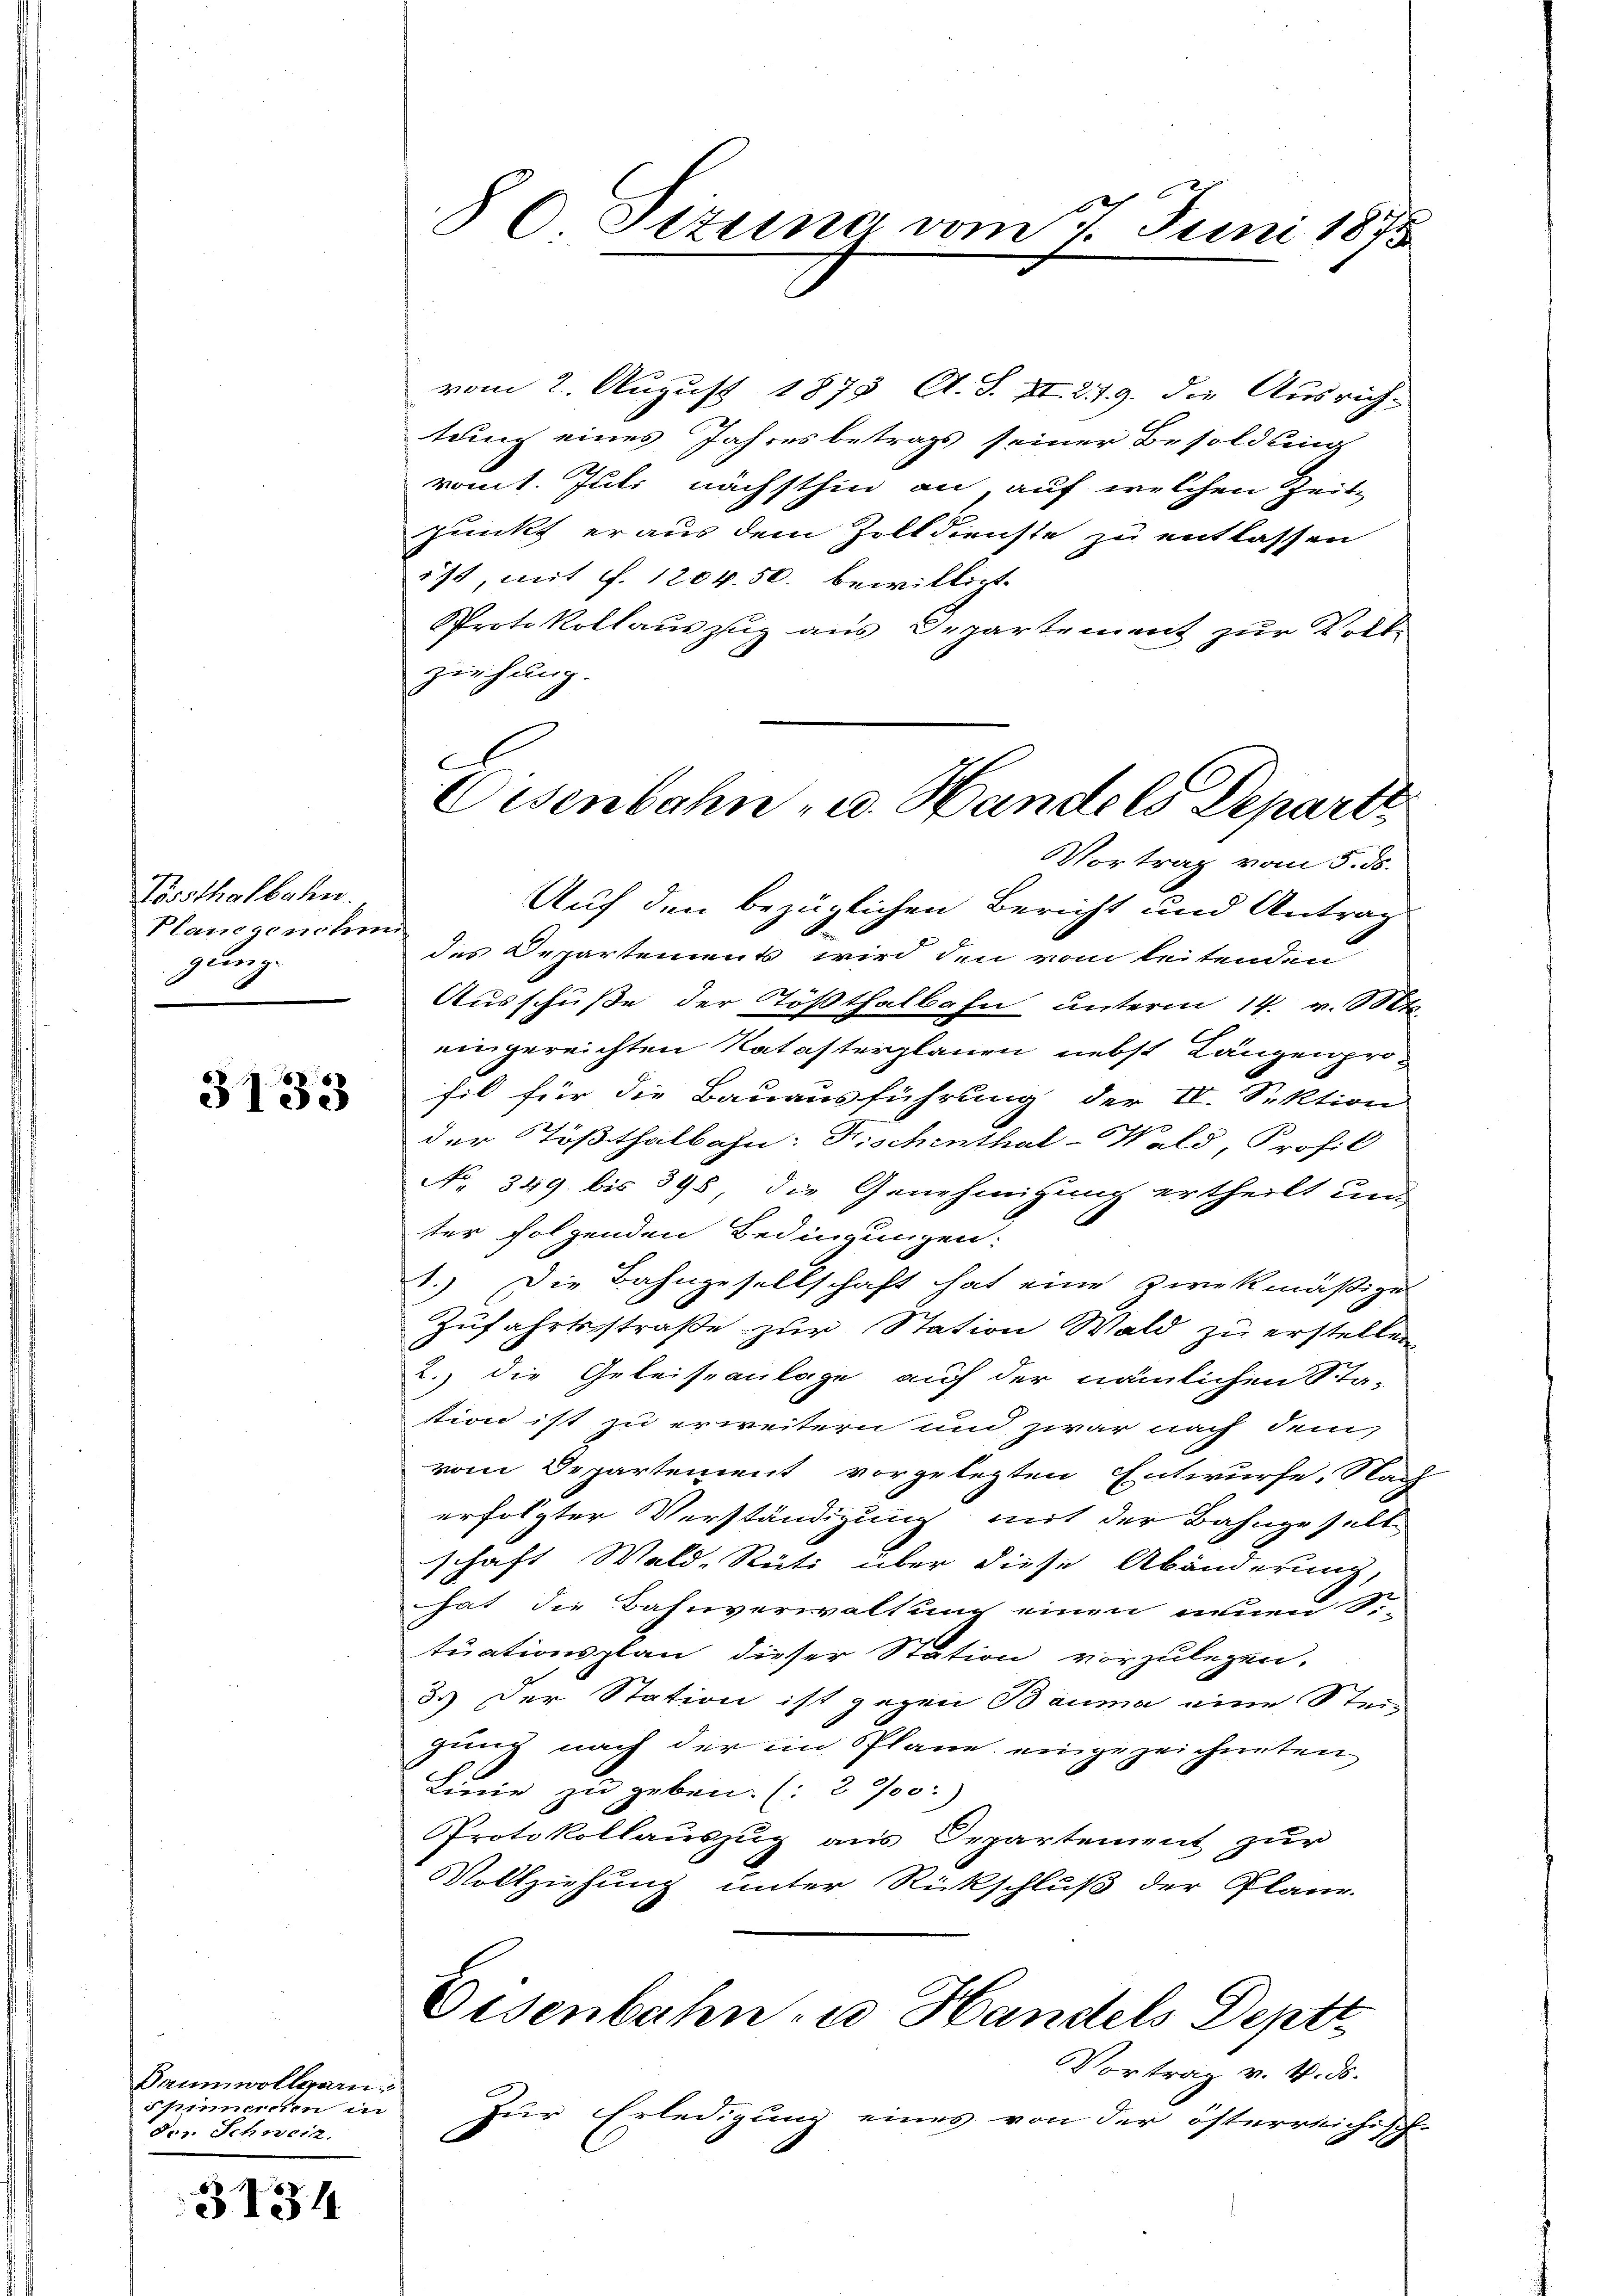
Tössthofbahn.
Plancgenehmi
gung.

3133

Baumwollern
Spinnerchen in
des. Schweiz.

3134

2
86 Sttung vom 1. Juni 1873

vom 2. August 1878 A. S. II. 279. die Ausrich-
tung eines Jahresbetrags seiner Besoldling
vomt. Juli nächsthin an, auf welchen Zeite
punkt er aus dem Zolldienste zu entlassen
ist, mit f. 1204. 50. bewilligt.
Protokollauszug aus Departement zur Volle
ziehung.
Vortrag vom 5. ds.
Auf den bezüglichen Bericht und Antrag
des Departements wird den vom leitenden
Ausschuße der Tößthalbahn unterm 14. v. Mts.
eingereichten Natasterplanen nebst Längen profil für die Bauausführung der IV. Sektion
f
der Tößthalbahn: Fischenthal-Wald, Profil
No. 349 bis 898 die Genehmigung ertheilt und
ter folgenden Bedingungen:
1.) Die Bahngesellschaft hat eine Zweckmäßige
Zufahrtsstraße zur Station Wald zu erstellen
2. die Geleiseanlage auf der nämlichen Sta-
stion ist zu erweitern und zwar nach dem
vom Departement vorgelegten Entwurfe. Nach
erfolgter Verständigung mit der Bahngeselb
schaft Wald-Rüti über diese Abänderung,
hat die Bahnverwaltung einen neuen Si-
tuationsplan dieser Station vorzulegen.
3. Der Station ist gegen Bauma eine Steigung nach der in Plane eingezeichneten
Linie zu geben. (2 700:
Protokollauszug aus Departement zur
Vollziehung unter Rückschluß der Plane.
Eisenbahn- u. Handels Deptt
Vortrag v. 4. ds.
Zur Erledigung eines von der österreichi¬
.
G.

l
Cisenbahn- u. Handels Departe